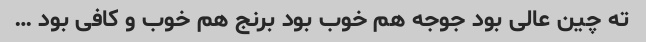
ته چین عالی بود جوجه هم خوب بود برنج هم خوب و کافی بود …